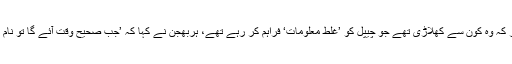
یہ پوچھے جانے پر کہ وہ کون سے کھلاڑی تھے جو چیپل کو ’غلط معلومات‘ فراہم کر رہے تھے، ہربھجن نے کہا کہ ’جب صحیح وقت آئے گا تو نام ظاہر ہو جائیں گے۔